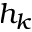
h _ { k }